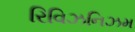
રિવિઝનિઝમ